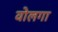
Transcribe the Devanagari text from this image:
वोलगा